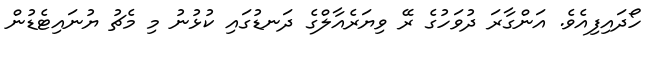
ހޯދައިފިއެވެ. އަންގާރަ ދުވަހުގެ ރޭ ވިޔަރެއާލްގެ ދަނޑުގައި ކުޅުނު މި މެޗު ޔުނައިޓެޑުން